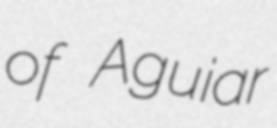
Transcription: of Aguiar